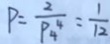
P = \frac { 2 } { P _ { 4 } ^ { 4 } } = \frac { 1 } { 1 2 }